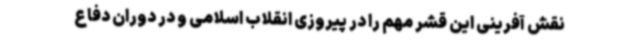
نقش آفرینی این قشر مهم را در پیروزی انقلاب اسلامی و در دوران دفاع